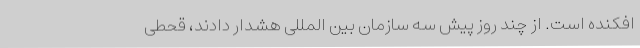
افکنده است. از چند روز پیش سه سازمان بین المللی هشدار دادند، قحطی